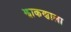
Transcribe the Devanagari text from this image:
झाकणाला